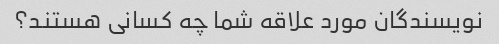
نویسندگان مورد علاقه شما چه کسانی هستند؟